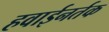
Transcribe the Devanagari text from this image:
हवाईनर्तक